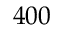
4 0 0